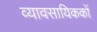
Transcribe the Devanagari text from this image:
व्यावसायिककों